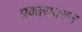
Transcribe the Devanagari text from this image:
प्रकारावरुन